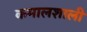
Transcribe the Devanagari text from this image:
कमालशाली